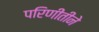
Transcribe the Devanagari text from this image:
परिणीतीने